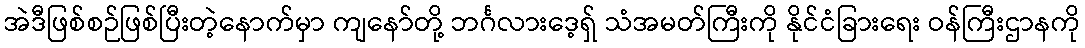
အဲဒီဖြစ်စဉ်ဖြစ်ပြီးတဲ့နောက်မှာ ကျနော်တို့ ဘင်္ဂလားဒေ့ရှ် သံအမတ်ကြီးကို နိုင်ငံခြားရေး ဝန်ကြီးဌာနကို